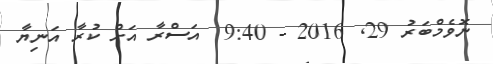
ނޮވެމްބަރު 29